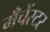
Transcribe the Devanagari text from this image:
मँचेंस्टर